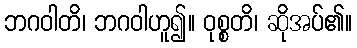
ဘဂဝါတိ၊ ဘဂဝါဟူ၍။ ဝုစ္စတိ၊ ဆိုအပ်၏။